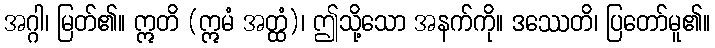
အဂ္ဂါ၊ မြတ်၏။ ဣတိ (ဣမံ အတ္ထံ)၊ ဤသို့သော အနက်ကို။ ဒဿေတိ၊ ပြတော်မူ၏။